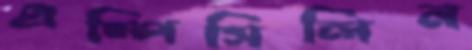
এম্পিসিলিন